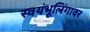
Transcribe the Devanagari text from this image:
स्वयंभूलिंगावर